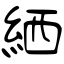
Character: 絤